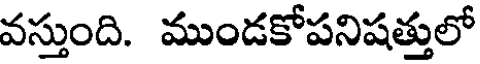
వస్తుంది. ముండకోపనిషత్తులో